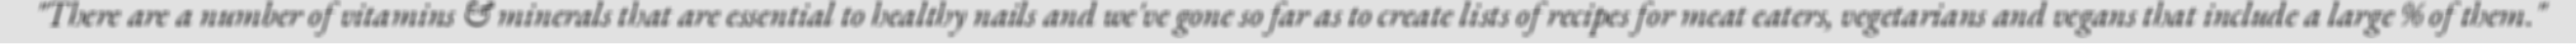
"There are a number of vitamins & minerals that are essential to healthy nails and we've gone so far as to create lists of recipes for meat eaters, vegetarians and vegans that include a large % of them."